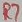
Text: R7